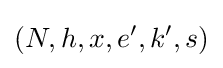
(N,h,x,e',k',s)